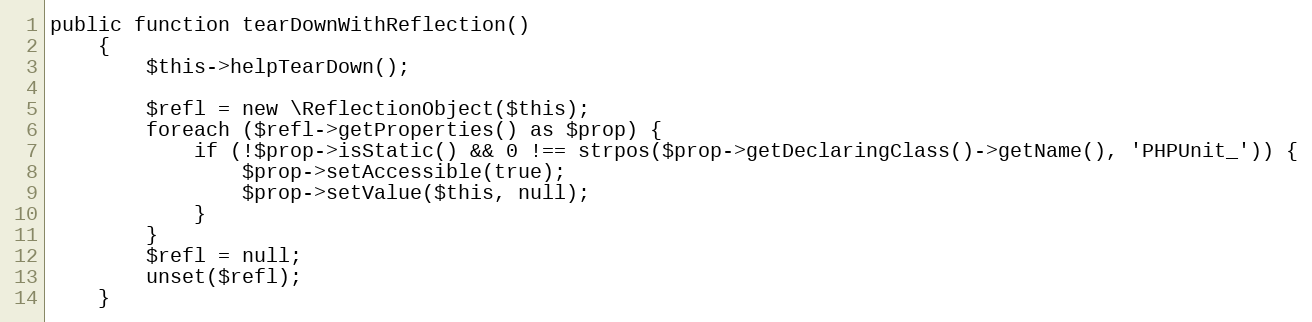
Language: PHP
public function tearDownWithReflection()
    {
        $this->helpTearDown();

        $refl = new \ReflectionObject($this);
        foreach ($refl->getProperties() as $prop) {
            if (!$prop->isStatic() && 0 !== strpos($prop->getDeclaringClass()->getName(), 'PHPUnit_')) {
                $prop->setAccessible(true);
                $prop->setValue($this, null);
            }
        }
        $refl = null;
        unset($refl);
    }